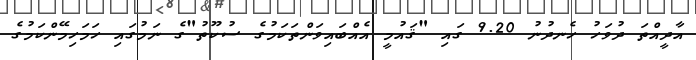
އާދީއްތަ ދުވަހު ހެނދުނު 9.20 ގައި "ޤައުމީ އެއްބައިވަންތަކަމުގެ ސުކޫތު"ގެ ނަމުގައި ހަމަހިމޭންކަމުގެ